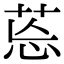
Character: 𦯌